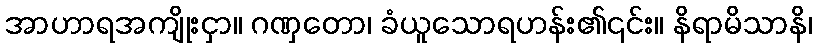
အာဟာရအကျိုးငှာ။ ဂဏှတော၊ ခံယူသောရဟန်း၏၎င်း။ နိရာမိသာနိ၊